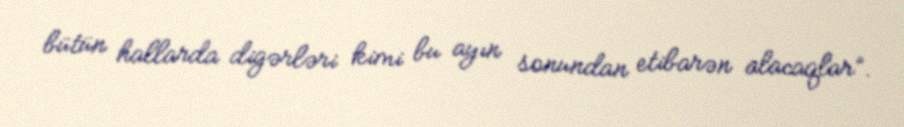
bütün hallarda digərləri kimi bu ayın sonundan etibarən alacaqlar”.